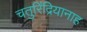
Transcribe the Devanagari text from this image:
चतुरिंद्रियानाह